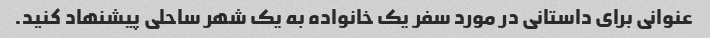
عنوانی برای داستانی در مورد سفر یک خانواده به یک شهر ساحلی پیشنهاد کنید.